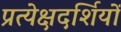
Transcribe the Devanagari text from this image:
प्रत्येक्षदर्शियों